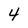
Character: 4